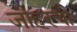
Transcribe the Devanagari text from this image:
जौहरची